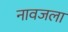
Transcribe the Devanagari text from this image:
नावजला